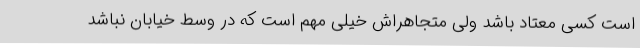
است کسی معتاد باشد ولی متجاهراش خیلی مهم است که در وسط خیابان نباشد